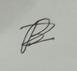
Signature authenticity: forged